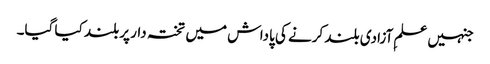
جنہیں علمِ آزادی بلند کرنے کی پاداش میں تختہ دار پر بلند کیا گیا۔